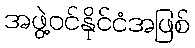
အဖွဲ့ဝင်နိုင်ငံအဖြစ်